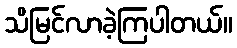
သိမြင်လာခဲ့ကြပါတယ်။